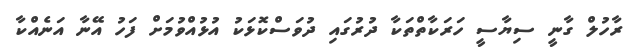
ރާހުލް ގާނީ ސިޔާސީ ހަރަކާތްތަކާ ދުރުގައި ދުވަސްކޮޅަކު އުޅުއްވުމަށް ފަހު އޭނާ އަނެއްކާ